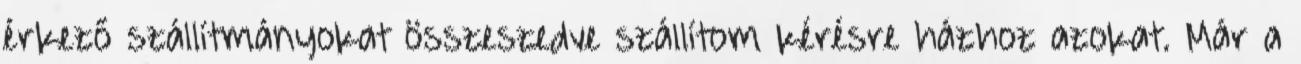
érkező szállítmányokat összeszedve szállítom kérésre házhoz azokat. Már a